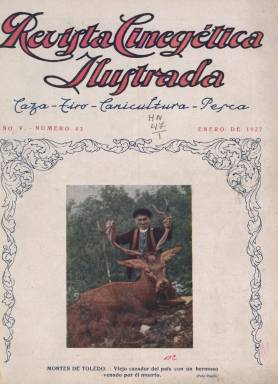
Título: Revista cinegética ilustrada
Colección: Deportes || Caza y pesca
Ámbito geográfico: Madrid
Lugar de publicación: Madrid
Fechas: 01/01/1927-31/07/1935

Destacada publicación dedicada a la caza y la pesca deportivas, a la canicultura y al tiro, que fue órgano oficial de la Real Asociación General de Cazadores y Pescadores de España, y a partir de 1930 de la Federación Española de Sociedades de Cazadores y Pescadores. Con periodicidad mensual, aunque desde abril de 1934 se hace bimensual, publicó su primera entrega en julio de 1923. La colección de la Biblioteca Nacional de España, aunque incompleta, comienza con el número 43, de enero de 1927, y acaba en el 130, correspondiente a julio-agosto de 1935.

Sus entregas, en papel cuché, son de cuarenta páginas, incluyendo una cubierta ocupada íntegramente por una bella ilustración en cuatricromía o en tinta de color. Salía de la madrileña Imprenta Sáez Hermanos, y está profusamente ilustrada con dibujos y sobre todo fotograbados, de fotógrafos como Diego González Ragel (1893-1951), que lo fue de forma destacada entre 1924 y 1930, Ortiz y otros de diversas provincias y comarcas españolas, como Menchón, en Lorca: Franco, en Murcia, o Suso, en Burgos. También incluye otras fotografías extranjeras, procedentes de la Agencia Gráfica.

Estuvo dirigida por José María Castelló Saura, que también presidió la federación española. Publica artículos de contenido técnico, pero especialmente crónicas y reportajes sobre la práctica de estos deportes: cacerías, monterías, concursos, o costumbres camperas, así como noticias y otras informaciones nacionales y extranjeras, y narraciones y cartas de famosos cazadores de la época. Tiene una sección de compra venta con anuncios dedicados a perros o a terreros vedados de caza, y da cuenta de las disposiciones legales sobre estas materias y comentarios e interpretaciones sobre las mismas.

Entre sus crónicas aparece la dedicada a una montería de corzos en el Guadarrama, que firma Benito Balbuena, o a otras en los Montes de Toledo, en ‘Doña Ana’ o los Picos de Europa, pero también a la caza y pesca de ballenas en Algeciras, a la caza de osos polares o a cacerías en África o América del Sur, o sobre piscicultura y la emigración de las aves, o las carreras de galgos. Entre los autores de sus textos, además de su director, aparecen los nombres de Luis Castelló, José Bernaldo de Quirós o Aquila Crysaetus, que debe tratarse de un seudónimo. Entre los personajes que practicaban estos deportes se encontraba el rey Alfonso XIII.

Aparecen escenas de caza y de pesca y los retratos de los ganadores de concursos con sus trofeos, o fotograbados como el referido a la caza del zorro en Inglaterra. Así mismo dedica un breve espacio incluso para el humor gráfico. Inserta también una abundante publicidad comercial tanto de armas de fuego como de municiones o de prendas de vestir y otros utensilios para la práctica de estos deportes.